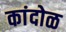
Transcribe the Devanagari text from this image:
कांदोळ